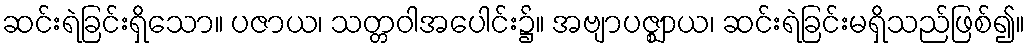
ဆင်းရဲခြင်းရှိသော။ ပဇာယ၊ သတ္တဝါအပေါင်း၌။ အဗျာပဇ္ဈာယ၊ ဆင်းရဲခြင်းမရှိသည်ဖြစ်၍။